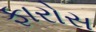
ફારોસ